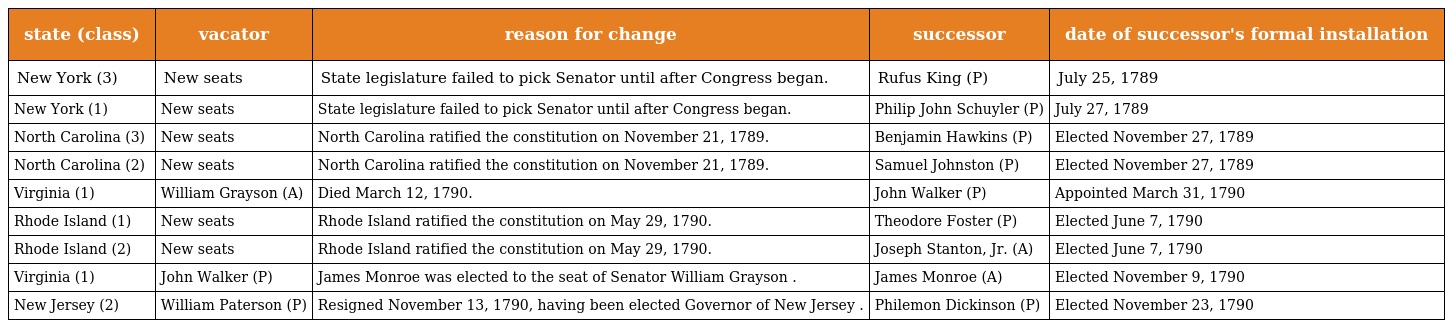
| state (class) | vacator | reason for change | successor | date of successor's formal installation |
 | --- | --- | --- | --- | --- |
 | New York (3) | New seats | State legislature failed to pick Senator until after Congress began. | Rufus King (P) | July 25, 1789 |
 | New York (1) | New seats | State legislature failed to pick Senator until after Congress began. | Philip John Schuyler (P) | July 27, 1789 |
 | North Carolina (3) | New seats | North Carolina ratified the constitution on November 21, 1789. | Benjamin Hawkins (P) | Elected November 27, 1789 |
 | North Carolina (2) | New seats | North Carolina ratified the constitution on November 21, 1789. | Samuel Johnston (P) | Elected November 27, 1789 |
 | Virginia (1) | William Grayson (A) | Died March 12, 1790. | John Walker (P) | Appointed March 31, 1790 |
 | Rhode Island (1) | New seats | Rhode Island ratified the constitution on May 29, 1790. | Theodore Foster (P) | Elected June 7, 1790 |
 | Rhode Island (2) | New seats | Rhode Island ratified the constitution on May 29, 1790. | Joseph Stanton, Jr. (A) | Elected June 7, 1790 |
 | Virginia (1) | John Walker (P) | James Monroe was elected to the seat of Senator William Grayson . | James Monroe (A) | Elected November 9, 1790 |
 | New Jersey (2) | William Paterson (P) | Resigned November 13, 1790, having been elected Governor of New Jersey . | Philemon Dickinson (P) | Elected November 23, 1790 |